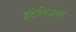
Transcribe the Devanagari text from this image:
इंटेलिजेंसर